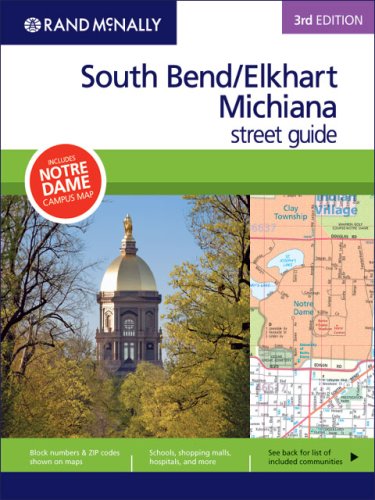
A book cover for Rand McNally 3rd Edition South Bend/Elkhart, Michiana street guide; Rand McNally; Travel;